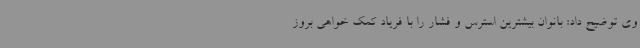
وی توضیح داد: بانوان بیشترین استرس و فشار را با فریاد کمک خواهی بروز